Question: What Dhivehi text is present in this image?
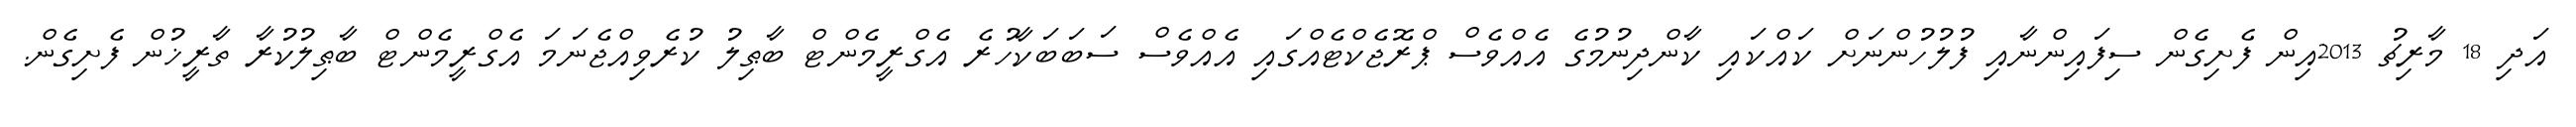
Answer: އަދި 18 މާރިޗު 2013އިން ފެށިގެން ސިފައިންނާއި ފުލުހުންނަށް ކައްކައި ކާންދިނުމުގެ އެއްވެސް ޕްރޮޖެކްޓެއްގައި އެއްވެސް ސަބަބަކާހުރެ އެގްރީމެންޓް ބާޠިލު ކުރެވިއްޖެނަމަ އެގްރީމެންޓް ބާޠިލުކުރާ ތާރީޚުން ފެށިގެން.